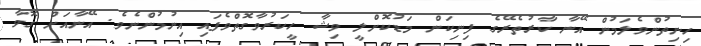
ހިނިތުންވެލަމުން އޭނާ ކާރުތެރޭގެ ފިނިކަން މަޑުކޮށްލީ ވިޝާ ހީކަރުވާގޮތްވެފައި އިނުމުންނެވެ. އޭނާއަށް ގޮވާ